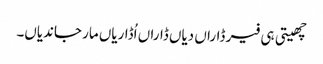
چھیتی ہی فیر ڈاراں دیاں ڈاراں اُڈاریاں مار جاندیاں۔